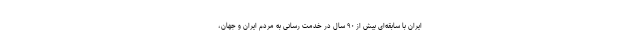
ایران با سابقه‌ای بیش از ۹۰ سال در خدمت رسانی به مردم ایران و جهان،